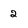
Character: 2